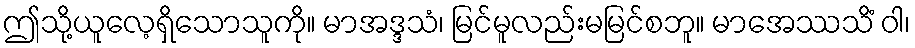
ဤသို့ယူလေ့ရှိသောသူကို။ မာအဒ္ဒသံ၊ မြင်မူလည်းမမြင်စဘူ။ မာအေဿသိံ ဝါ၊